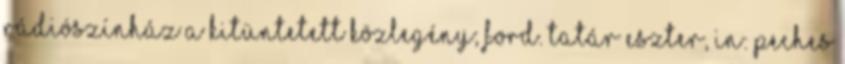
Rádiószínház A kitüntetett közlegény; ford. Tatár Eszter, in: Peches